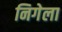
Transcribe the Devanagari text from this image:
निगेला